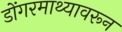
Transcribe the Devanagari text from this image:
डोंगरमाथ्यावरून